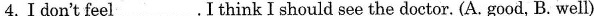
4.Ⅰdon't feel___.I think I should see the doctor.(A. good, B.well)